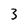
Character: 3